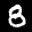
Label: 8